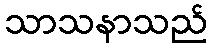
သာသနာသည်